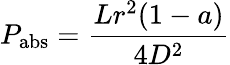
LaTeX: P_{\mathrm{{abs}}}={\frac{Lr^{2}(1-a)}{4D^{2}}}